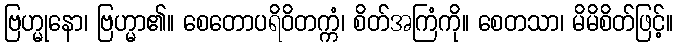
ဗြဟ္မုနော၊ ဗြဟ္မာ၏။ စေတောပရိဝိတက္ကံ၊ စိတ်အကြံကို။ စေတသာ၊ မိမိစိတ်ဖြင့်။